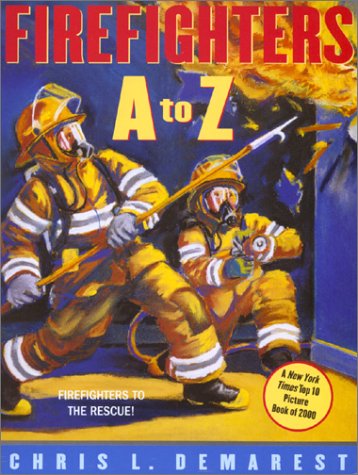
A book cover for Firefighters A to Z; Chris L. Demarest; Children's Books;